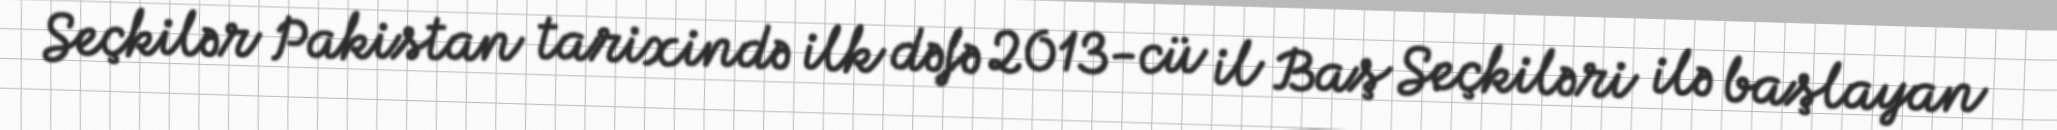
Seçkilər Pakistan tarixində ilk dəfə 2013-cü il Baş Seçkiləri ilə başlayan